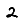
Digit: 2